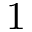
1